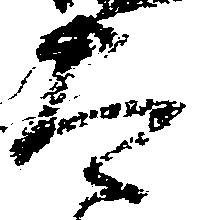
太